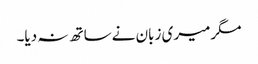
مگرمیری زبان نےساتھ نہ دیا۔